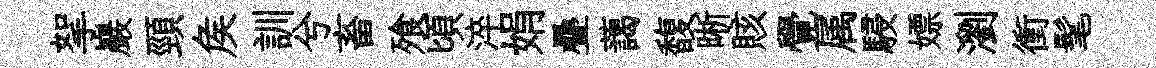
挐巖頸矦訓兮畜飱頃淬娟疊藹馥晰賅覺属駸嫖瀏衝髦